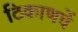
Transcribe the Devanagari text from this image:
ठिकाणचें